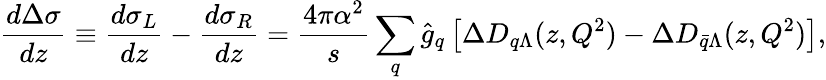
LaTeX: \frac{d\Delta\sigma}{dz}\equiv\frac{d\sigma_{L}}{dz}-\frac{d\sigma_{R}}{dz}=\frac{4\pi\alpha^{2}}{s}\sum_{q}\hat{g}_{q}\left[\Delta D_{q\Lambda}(z,Q^{2})-\Delta D_{\bar{q}\Lambda}(z,Q^{2})\right],